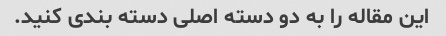
این مقاله را به دو دسته اصلی دسته بندی کنید.